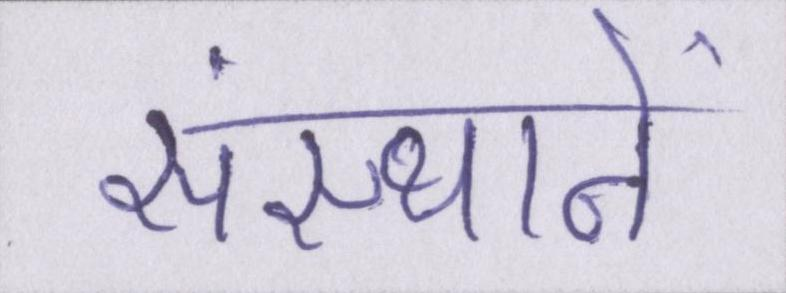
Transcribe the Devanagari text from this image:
संस्थानें